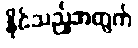
နိုင်သည့်အတွက်